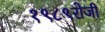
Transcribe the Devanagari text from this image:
१९८९रोजी